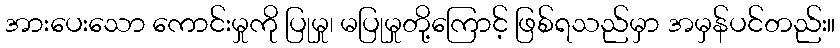
အားပေးသော ကောင်းမှုကို ပြုမှု၊ မပြုမှုတို့ကြောင့် ဖြစ်ရသည်မှာ အမှန်ပင်တည်း။